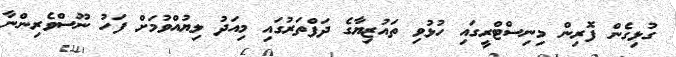
ގުޅިގެން ފޮރިން މިިނިސްޓްރީގައި ހުޅުވި ތައުޒިޔާގެ ދަފްތަރުގައި މިއަދު ލިޔުއްވުމަށް ފަހު ނޫސްވެރިންނާ